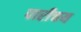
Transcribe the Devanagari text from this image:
पारीचय